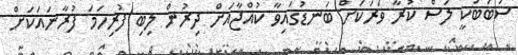
ސަބަބަކީ ލަސް ކުރާ ވަރަކަށް ބަނޑުގައިވާ ކުއްޖާއަށް ދިރުން ލިބި ފުރިހަމަ ފުރާނައަކަށް